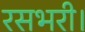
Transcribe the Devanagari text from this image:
रसभरी।